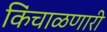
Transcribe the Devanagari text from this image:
किंचाळणारी